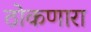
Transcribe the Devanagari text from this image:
ठोकणारा